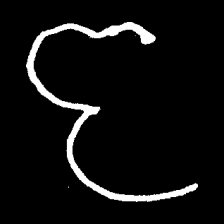
Pyu character \u2014 Myanmar letter: ဇ (romanized: ja)